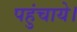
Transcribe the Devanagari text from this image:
पहुंचाये।